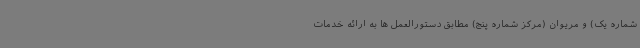
شماره یک) و مریوان (مرکز شماره پنج) مطابق دستورالعمل ها به ارائه خدمات